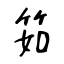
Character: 筎